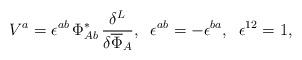
LaTeX: \begin{align*}V^a = \epsilon^{ab}\, \Phi^*_{Ab}\, \frac{\delta^L}{\delta\overline{\Phi}_A},\;\;\epsilon^{ab} = - \epsilon^{ba}, \;\;\epsilon^{12} = 1,\end{align*}